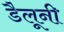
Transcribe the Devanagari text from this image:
डैलूनी